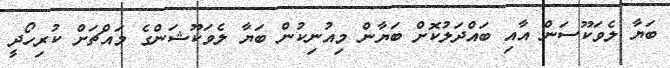
ބަޔާ ލެވަކޫސަން އާއި ބައްދަލުކޮށް ބަޔާން މިއުނިކުން ބަޔާ ލެވަކޫޝަންގެ މައްޗަށް ކުރިހޯދީ